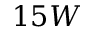
1 5 W